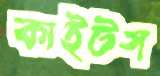
কাইটস